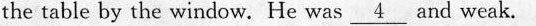
the table by the window.He was\underline{4} and weak